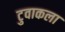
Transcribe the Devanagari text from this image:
टुवाकला